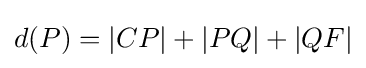
d(P)=|CP|+|PQ|+|QF|